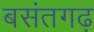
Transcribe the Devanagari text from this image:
बसंतगढ़